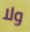
ولا